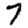
Digit: 7